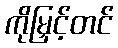
ကိုမြှင့်တင်